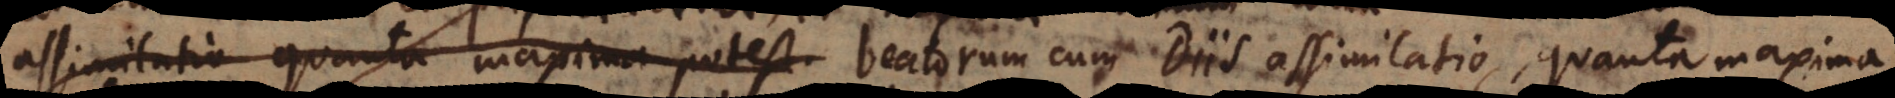
assimilatio quanta maxima potest beatorum cum Diis assimilatio, quanta maxima